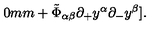
\hspace { 2 0 m m } + \tilde { \Phi } _ { \alpha \beta } { \partial _ { + } } y ^ { \alpha } { \partial _ { - } } y ^ { \beta } ] .